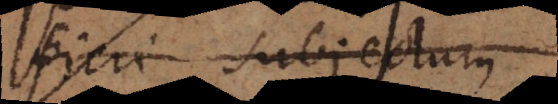
fieri subjectum